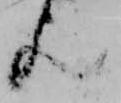
歟